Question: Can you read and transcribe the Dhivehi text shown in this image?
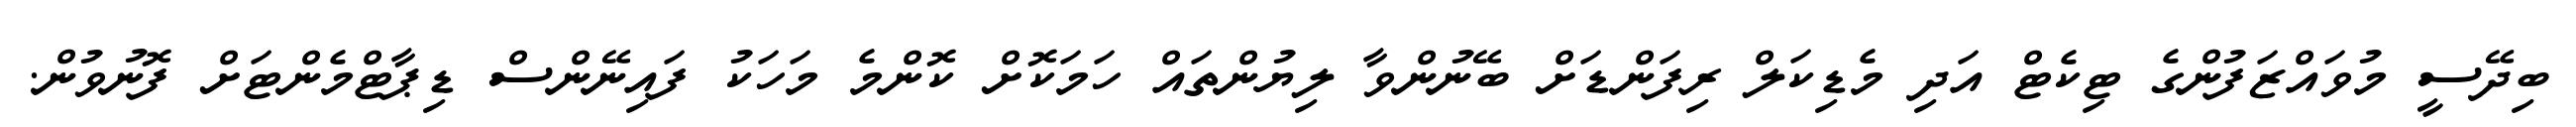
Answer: ބިދޭސީ މުވައްޒަފުންގެ ޓިކެޓް އަދި މެޑިކަލް ރިފަންޑަށް ބޭނުންވާ ލިޔުންތައް ހަމަކޮށް ކޮންމެ މަހަކު ފައިނޭންސް ޑިޕާޓްމެންޓަށް ފޮނުވުން.